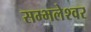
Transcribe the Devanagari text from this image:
सम्भलेश्वर